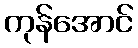
ကုန်အောင်